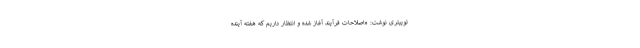
توییتری نوشت: «اصلاحات فرآیند آغاز شده و انتظار داریم که هفته ‌آینده